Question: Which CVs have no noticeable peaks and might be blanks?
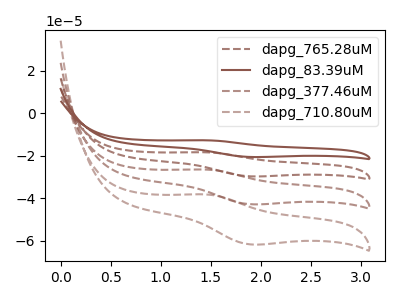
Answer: <think>The brown dashed curve "dapg_765.28uM" has an anodic peak at (1.45V, -18.40uA) and a cathodic peak at (1.90V, -29.75uA). The brown curve "dapg_83.39uM" has an anodic peak at (1.45V, -12.80uA) and a cathodic peak at (1.90V, -20.65uA). The brown dashed curve "dapg_377.46uM" has an anodic peak at (1.45V, -36.85uA) and a cathodic peak at (1.90V, -59.45uA). The brown dashed curve "dapg_710.80uM" has an anodic peak at (1.45V, -55.25uA) and a cathodic peak at (1.90V, -89.20uA).</think>
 <answer>There are not any CV's on this graph that are likely to be blanks.</answer>
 <eval>none</eval>